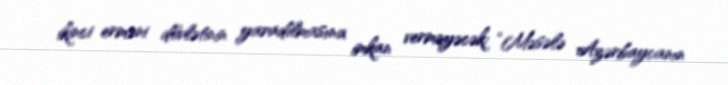
ikinci erməni dövlətinin yaradılmasına imkan verməyəcək: “Məsələ Azərbaycanın